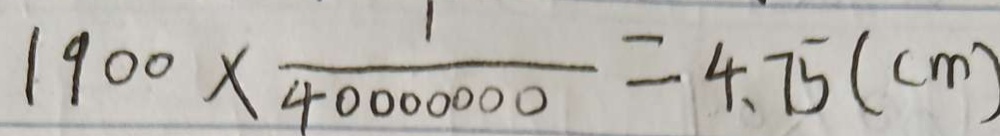
1 9 0 0 \times \frac { 1 } { 4 0 0 0 0 0 0 0 } = 4 . 7 5 ( c m )